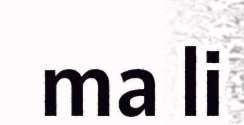
ma li